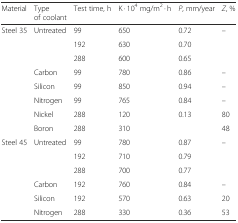
<table><thead><tr><td><b>Material</b></td><td><b>Type of coolant</b></td><td><b>Test time, h</b></td><td><b>K · 10<sup>4</sup> mg/m<sup>2</sup> · h</b></td><td><b><i>P</i>, mm/year</b></td><td><b><i>Z</i>, %</b></td></tr></thead><tbody><tr><td rowspan="8">Steel 35</td><td rowspan="3">Untreated</td><td>99</td><td>650</td><td>0.72</td><td rowspan="3">–</td></tr><tr><td>192</td><td>630</td><td>0.70</td></tr><tr><td>288</td><td>600</td><td>0.65</td></tr><tr><td>Carbon</td><td>99</td><td>780</td><td>0.86</td><td>–</td></tr><tr><td>Silicon</td><td>99</td><td>850</td><td>0.94</td><td>–</td></tr><tr><td>Nitrogen</td><td>99</td><td>765</td><td>0.84</td><td>–</td></tr><tr><td>Nickel</td><td>288</td><td>120</td><td>0.13</td><td>80</td></tr><tr><td>Boron</td><td>288</td><td>310</td><td></td><td>48</td></tr><tr><td rowspan="6">Steel 45</td><td rowspan="3">Untreated</td><td>99</td><td>780</td><td>0.87</td><td rowspan="3">–</td></tr><tr><td>192</td><td>710</td><td>0.79</td></tr><tr><td>288</td><td>700</td><td>0.77</td></tr><tr><td>Carbon</td><td>192</td><td>760</td><td>0.84</td><td>–</td></tr><tr><td>Silicon</td><td>192</td><td>570</td><td>0.63</td><td>20</td></tr><tr><td>Nitrogen</td><td>288</td><td>330</td><td>0.36</td><td>53</td></tr></tbody></table>